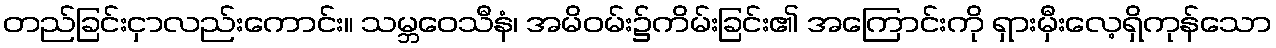
တည်ခြင်းငှာလည်းကောင်း။ သမ္ဘဝေသီနံ၊ အမိဝမ်း၌ကိမ်းခြင်း၏ အကြောင်းကို ရှားမှီးလေ့ရှိကုန်သော